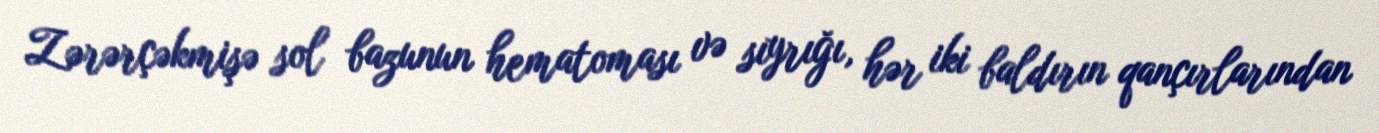
Zərərçəkmişə sol bazunun hematoması və sıyrığı, hər iki baldırın qançırlarından